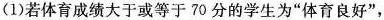
(1)若体育成绩大于或等于70分的学生为”体育良好”，